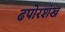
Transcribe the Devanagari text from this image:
ढपोरशंख